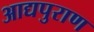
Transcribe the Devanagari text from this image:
आद्यपुराण